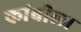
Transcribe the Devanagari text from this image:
कांबीला